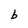
Character: b